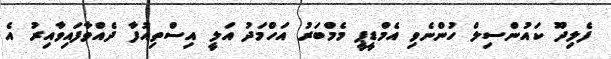
ފެލިދޫ ކައުންސިލް ހުންނެވި އެމްޑީޕީ މެމްބަރު އަހްމަދު އަލީ އިސްތިއުފާ ދެއްވާފައިވާއިރު އެ